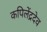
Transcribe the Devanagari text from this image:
कपिलेंद्रदेव